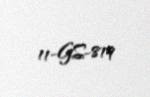
11-GS-819